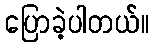
ပြောခဲ့ပါတယ်။